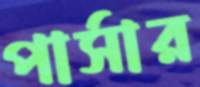
পার্সার